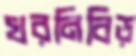
খরনিবিড়